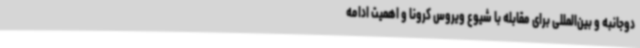
دوجانبه و بین‌المللی برای مقابله با شیوع ویروس کرونا و اهمیت ادامه